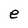
Character: e